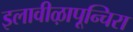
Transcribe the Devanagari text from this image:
इलावीऴापून्चिरा